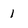
Character: 1